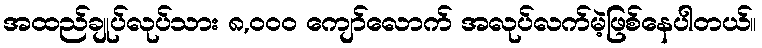
အထည်ချုပ်လုပ်သား ၈,၀၀၀ ကျော်လောက် အလုပ်လက်မဲ့ဖြစ်နေပါတယ်။